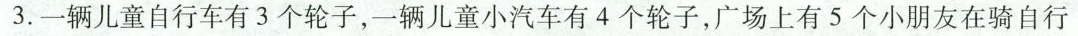
3.一辆儿童自行车有3个轮子，一辆儿童小汽车有4个轮子，广场上有5个小朋友在骑自行